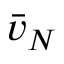
{ \bar { v } } _ { N }